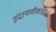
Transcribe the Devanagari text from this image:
इंद्रायणीकाठीच